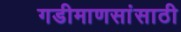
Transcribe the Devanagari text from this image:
गडीमाणसांसाठी